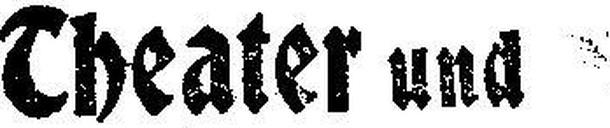
Theater und